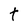
Character: t